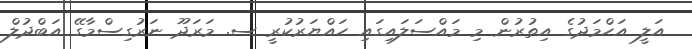
އަލީ އަހްމަދުގެ އިތުރުން މި މައްސަލައިގައި ހައްޔަރުކުރީ ސ. މަރަދޫ ނަރުގިސްމާގޭ އަބްދުލް